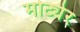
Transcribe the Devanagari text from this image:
मोट्येर